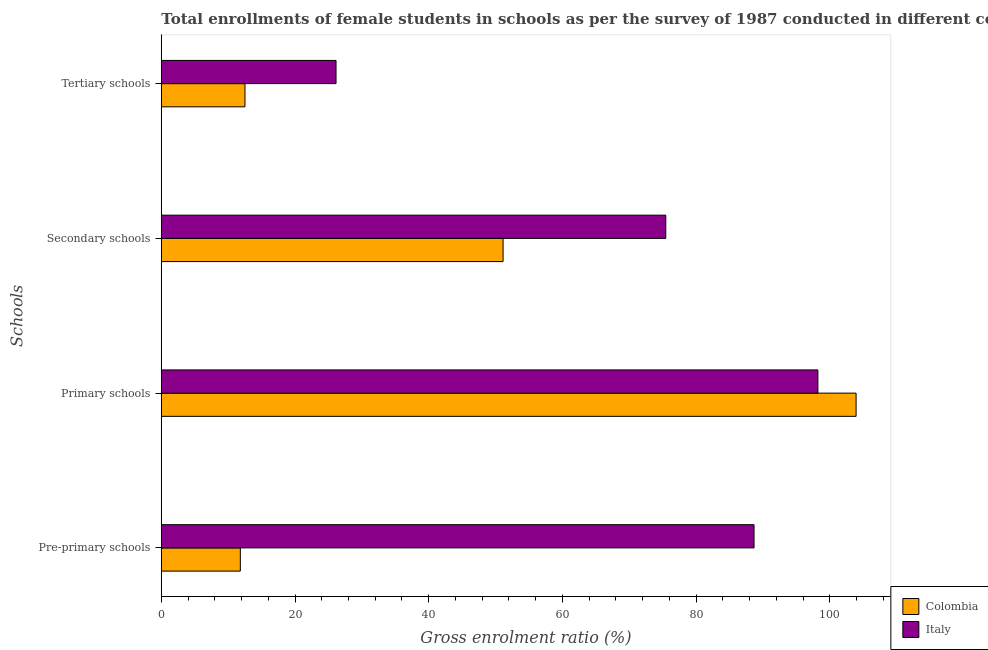
| Schools | Colombia | Italy |
 | --- | --- | --- |
 | Pre-primary schools | 11.8 | 88.7 |
 | Primary schools | 104 | 98.2 |
 | Secondary schools | 51.1 | 75.5 |
 | Tertiary schools | 12.5 | 26.1 |